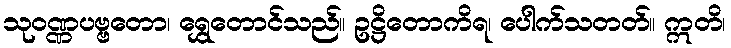
သုဝဏ္ဏပဗ္ဗတော၊ ရွှေတောင်သည်။ ဥဋ္ဌိတောကိရ၊ ပေါက်သတတ်။ ဣတိ၊